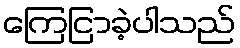
ကြေငြာခဲ့ပါသည်